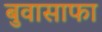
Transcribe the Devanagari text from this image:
बुवासाफा